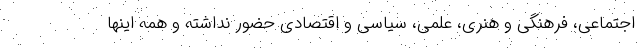
اجتماعی، فرهنگی و هنری، علمی، سیاسی و اقتصادی حضور نداشته و همه اینها